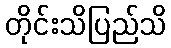
တိုင်းသိပြည်သိ